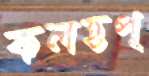
কলহপ্